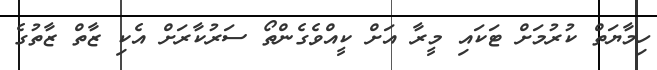
ހިމާޔަތް ކުރުމަށް ޓަކައި މީރާ އަށް ކީއްވެގެންތޯ ސަރުކާރަށް އެކި ޒާތް ޒާތުގެ